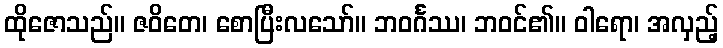
ထိုဇောသည်။ ဇဝိတေ၊ စောပြီးလသော်။ ဘဝင်္ဂဿ၊ ဘဝင်၏။ ဝါရော၊ အလှည့်